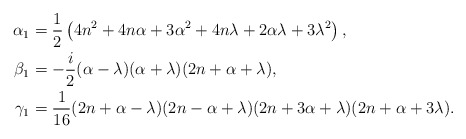
\begin{align*}\alpha _1&=\frac{1}{2} \left(4 n^2+4 n \alpha+3 \alpha ^2+4n\lambda+2 \alpha \lambda +3\lambda ^2\right),\\\beta _1&=-\frac{i}{2} (\alpha-\lambda )(\alpha+\lambda) (2 n+\alpha+\lambda ),\\\gamma _1&=\frac{1}{16} (2n+\alpha -\lambda) (2n-\alpha +\lambda) (2n+3\alpha +\lambda) (2n+\alpha+3 \lambda).\end{align*}